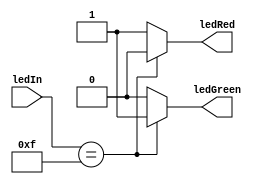
// ECE6370
// Led Module.
// This is used to turn on the LEDs that is Red and Green LED if the given input matches binary number
// 1111 (F in Hexa decimal and 15 in decimal).


module ledModule(ledIn, ledGreen, ledRed);	
  input [3:0] ledIn;
  output ledGreen, ledRed;
  reg ledGreen, ledRed;

  always @ (ledIn)
  begin
    if(ledIn == 4'b1111)
      begin
	ledGreen  = 1;
	ledRed = 0;
      end
    else
      begin
	ledGreen  = 0;
	ledRed = 1;
      end
  end

endmodule